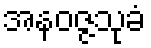
အနဝဇ္ဇသုခံ